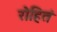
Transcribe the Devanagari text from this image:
रोहितं